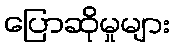
ပြောဆိုမှုများ